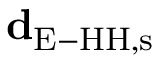
{ \bf d } _ { \mathrm { E - H H , s } }